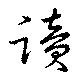
読